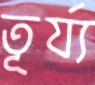
তূর্য্য